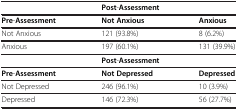
|  | <COLSPAN=2> Post-Assessment |
 | --- | --- | --- |
 | Pre-Assessment | Not Anxious | Anxious |
 | Not Anxious | 121 (93.8%) | 8 (6.2%) |
 | Anxious | 197 (60.1%) | 131 (39.9%) |
 |  | <COLSPAN=2> Post-Assessment |
 | Pre-Assessment | Not Depressed | Depressed |
 | Not Depressed | 246 (96.1%) | 10 (3.9%) |
 | Depressed | 146 (72.3%) | 56 (27.7%) |